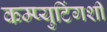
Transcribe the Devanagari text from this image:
कम्प्युटिंगशी